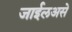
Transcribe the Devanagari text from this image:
जाईलअसे